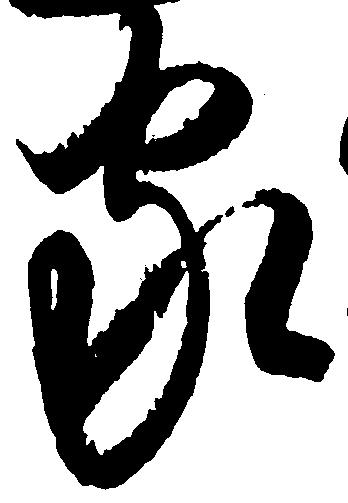
家